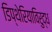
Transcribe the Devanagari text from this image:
डिप्थेरियाविरुद्ध